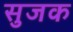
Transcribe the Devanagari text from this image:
सुजक